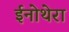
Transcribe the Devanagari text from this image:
ईनोथेरा